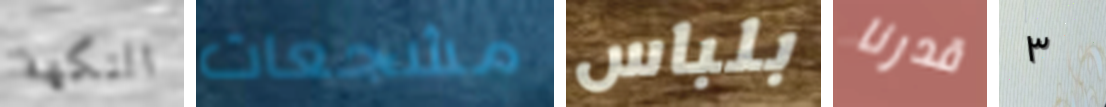
النكهة مشجعات بلباس قدرنا ٣